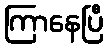
ကြာနေပြီ